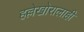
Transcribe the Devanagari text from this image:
हल्लेखोरालाही